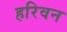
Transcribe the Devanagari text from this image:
हरिवन